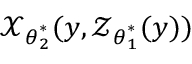
\boldsymbol { \mathcal { X } } _ { \boldsymbol { \theta } _ { 2 } ^ { \ast } } ( \boldsymbol { y } , \boldsymbol { \mathcal { Z } } _ { \boldsymbol { \theta } _ { 1 } ^ { \ast } } ( \boldsymbol { y } ) )